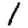
Digit: 1